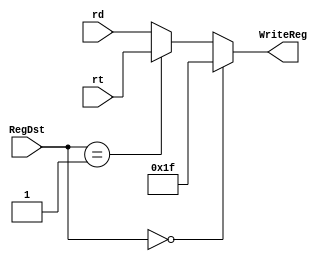
`timescale 1ns / 1ps
//////////////////////////////////////////////////////////////////////////////////
// Company: 
// Engineer: 
// 
// Design Name: 
// Module Name: MUX_5bit_4to1
// Project Name: 
// Target Devices: 
// Tool Versions: 
// Description: 
// 
// Dependencies: 
// 
// Revision:
// Revision 0.01 - File Created
// Additional Comments:
// 
//////////////////////////////////////////////////////////////////////////////////


module MUX_5bit_4to1(RegDst, rt, rd, WriteReg);
input [1:0] RegDst;
input [4:0] rt, rd;
output [4:0] WriteReg;

assign WriteReg = (RegDst == 2'b00) ? 5'b11111 : (RegDst == 2'b01) ? rt : rd;

endmodule